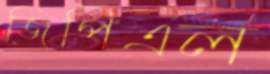
জিপিএল